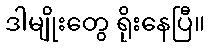
ဒါမျိုးတွေ ရိုးနေပြီ။